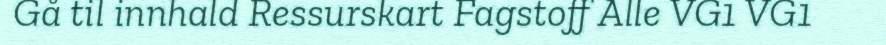
Gå til innhald Ressurskart Fagstoff Alle VG1 VG1